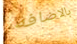
بالاضافه